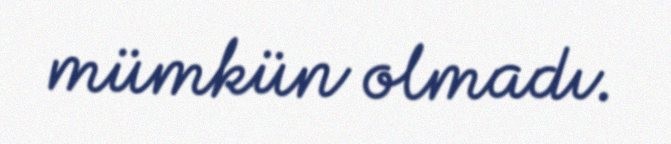
mümkün olmadı.